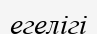
егелігі